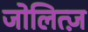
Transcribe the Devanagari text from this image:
जोलित्ज़